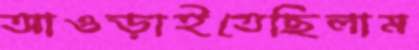
আওড়াইতেছিলাম